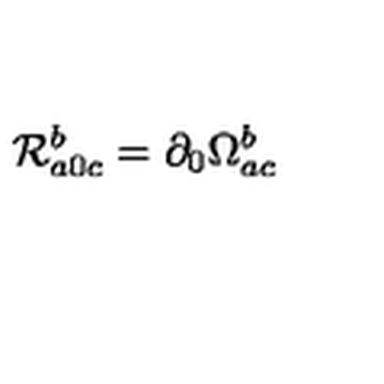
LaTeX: { \cal R } _ { a 0 c } ^ { b } = \partial _ { 0 } \Omega _ { a c } ^ { b }